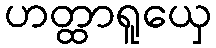
ဟတ္ထာရူယှေ